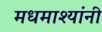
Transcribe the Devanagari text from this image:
मधमाश्यांनी